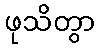
ဖုသိတွာ